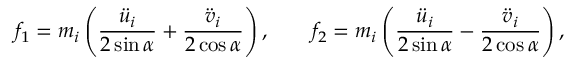
f _ { 1 } = m _ { i } \left( \frac { \ddot { u } _ { i } } { 2 \sin { \alpha } } + \frac { \ddot { v } _ { i } } { 2 \cos { \alpha } } \right) , \qquad f _ { 2 } = m _ { i } \left( \frac { \ddot { u } _ { i } } { 2 \sin { \alpha } } - \frac { \ddot { v } _ { i } } { 2 \cos { \alpha } } \right) ,